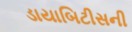
ડાયાબિટીસની